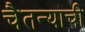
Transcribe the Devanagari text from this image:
चैतन्याची